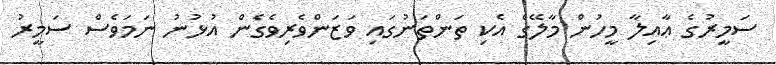
ސަމީރުގެ ޢާއިލާ މީހުން މާލޭގެ އެކި ތަންތަނުގައި ވަޒަންވެރިވެގެން އުޅުނު ނަމަވެސް ސަމީރު